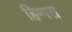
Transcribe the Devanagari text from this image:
हिग्गस